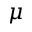
\mu